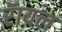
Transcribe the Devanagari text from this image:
रॅायल